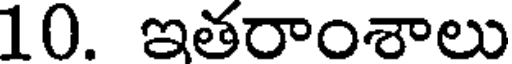
10. ఇతరాంశాలు